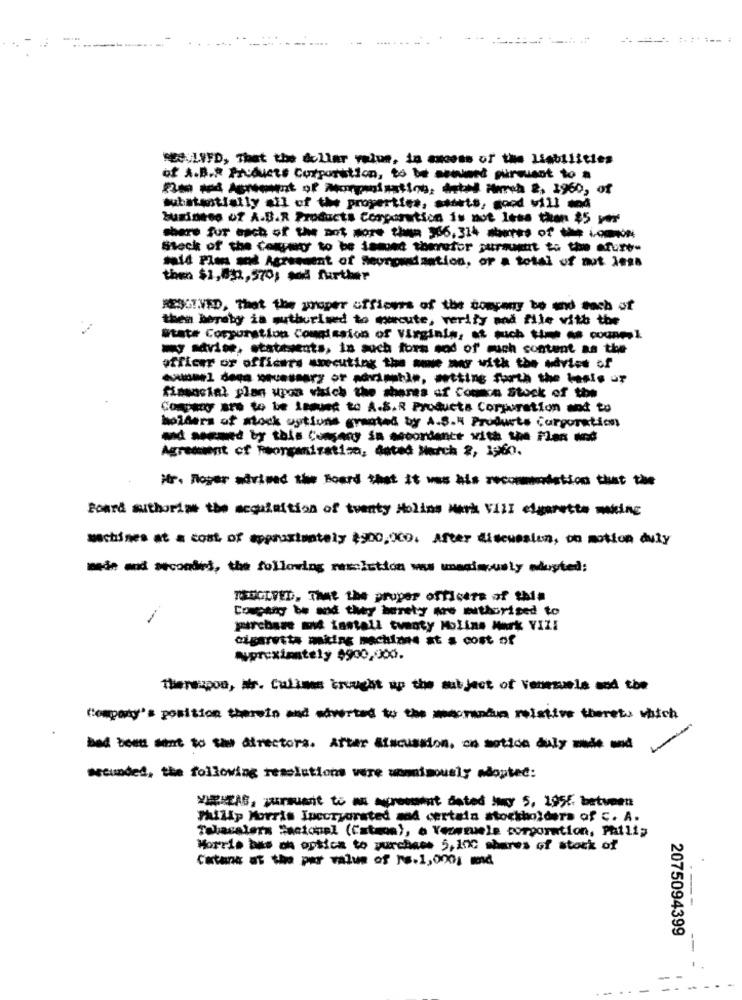
-... . ..-
R.LFFD, That the dollar value, in excess of the liabilities
of A.B.R Products Corporation, to be seemed pursuant to a
substantially all of the properties, stets, good vill mod
business of A.B.R Products Corporation is not less than $5 ver
Stock of the Company to be jemoet therefor pursuant to the afure-
sa14 Plans and Agressent of Seunounddastion, or a total of nut Jess
then $1,832, 570, and further
MESSIVED, that the proper officers of the company be and each of
them hereby is authorized to mercute, verify and file with the
mate Corporation Commission of Virginia: - - - - come!
-- vier, stateents, is auch fors sod of much content as the
officer or officers smecuting the me mer with the advice of
fimsocial plan upon which the shares of Common Stock of the
Company are to be Itaused to A.S.R Products Corporation and to
holders of stock options granted by A.S. Products Corporation
Agreement of Reorganization, dated March 2, 1960.
Mr. Roger advised the Board that it was his recommendation that the
Board authorize the acquisition of twenty Molins Merk VALI elgerette melding
machines at a cost of approximately $900,000. After discussion, on motion duly
må and secondes, the following neolution ws unanimously adopted:
TESOLVED. That the proper officers of the
Copengb and they herety me authorized to
purchase and iantall twenty Moline Mark VIZI
cigaretta miing machines at a cost of
Approximately $900,000.
Therespon, str. Calima brought up the subject of Venezuela and the
Company's position thereis and everted to the mecasa relative thereto which
-
bed bon sent to sal directors. Atter discussion, on sotica dily made und
secunded, the following resolutions vere unmisously adopted:
VARIAS, pursuant to a present dated wy 5, 1956 between
Philip Morris Incorporated and certain stockholders of C. A.
Tabacalera Sacional (Catmos), o Yezwsuele corporation, Philip
Morris bas on optica to purchase 5,100 shares of stock of
Chan at the par value of 1-1,000; mnd
2075094399